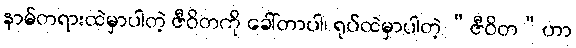
နာမ်တရားထဲမှာပါတဲ့ ဇီဝိတကို ခေါ်တာပါ၊ ရုပ်ထဲမှာပါတဲ့ “ဇီဝိတ”ဟာ